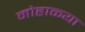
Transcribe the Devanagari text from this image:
मोहाळ्या